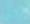
رجل